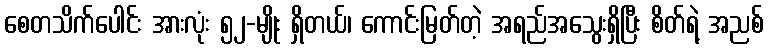
စေတသိက်ပေါင်း အားလုံး ၅၂-မျိုး ရှိတယ်၊ ကောင်းမြတ်တဲ့ အရည်အသွေးရှိပြီး စိတ်ရဲ့ အညစ်